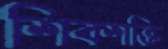
শিবশক্তি